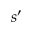
s ^ { \prime }